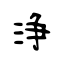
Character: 浄